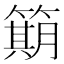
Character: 𫂣